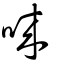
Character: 唻